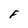
Character: F